Indian journal of veterinary science and animal husbandry - Volumes 24-25, 1954-1955
Year: 1954
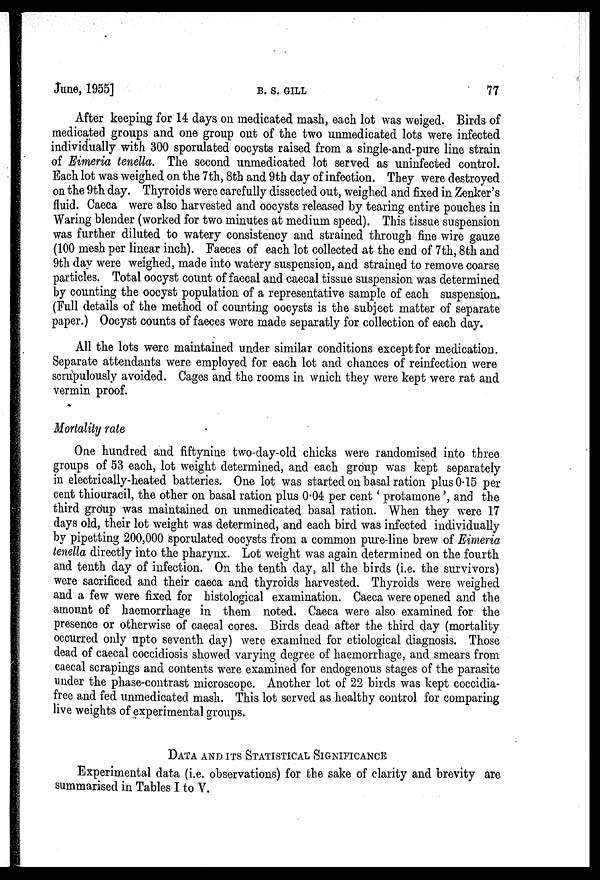
June, 1955]
B.
S.
GILL
77
After keeping for 14 days on medicated mash, each lot was weiged. Birds of
medicated groups and one group out of the two unmedicated lots were infected
individually with 300 sporulated oocysts raised from a single-and-pure line strain
of Eimeria tenella. The second unmedicated lot served as uninfected control.
Each lot was weighed on the 7th, 8th and 9th day of infection. They were destroyed
on the 9th day. Thyroids were carefully dissected out, weighed and fixed in Zenker's
fluid. Caeca were also harvested and oocysts released by tearing entire pouches in
Waring blender (worked for two minutes at medium speed). This tissue suspension
was further diluted to watery consistency and strained through fine wire gauze
(100 mesh per linear inch). Faeces of each lot collected at the end of 7th, 8th and
9th day were weighed, made into watery suspension, and strained to remove coarse
particles. Total oocyst count of faecal and caecal tissue suspension was determined
by counting the oocyst population of a representative sample of each suspension.
(Full details of the method of counting oocysts is the subject matter of separate
paper.) Oocyst counts of faeces were made separatly for collection of each day.
All the lots were maintained under similar conditions except for medication.
Separate attendants were employed for each lot and chances of reinfection were
scrupulously avoided. Cages and the rooms in which they were kept were rat and
vermin proof.
Mortality rate
One hundred and fiftynine two-day-old chicks were randomised into three
groups of 53 each, lot weight determined, and each group was kept separately
in electrically-heated batteries. One lot was started on basal ration plus 0.15 per
cent thiouracil, the other on basal ration plus 0.04 per cent ' protamone', and the
third group was maintained on unmedicated basal ration. When they were 17
days old, their lot weight was determined, and each bird was infected individually
by pipetting 200,000 sporulated oocysts from a common pure-line brew of Eimeria
tenella directly into the pharynx. Lot weight was again determined on the fourth
and tenth day of infection. On the tenth day, all the birds (i.e. the survivors)
were sacrificed and their caeca and thyroids harvested. Thyroids were weighed
and a few were fixed for histological examination. Caeca were opened and the
amount of haemorrhage in them noted. Caeca were also examined for the
presence or otherwise of caecal cores. Birds dead after the third day (mortality
occurred only upto seventh day) were examined for etiological diagnosis. Those
dead of caecal coccidiosis showed varying degree of haemorrhage, and smears from
caecal scrapings and contents were examined for endogenous stages of the parasite
under the phase-contrast microscope. Another lot of 22 birds was kept coccidia-
free and fed unmedicated mash. This lot served as healthy control for comparing
live weights of experimental groups.
DATA AND ITS STATISTICAL SIGNIFICANCE
Experimental data (i.e. observations) for the sake of clarity and brevity are
summarised in Tables I to V.